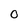
Character: o